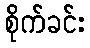
စိုက်ခင်း